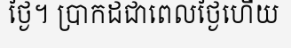
ថ្ងៃ។ ប្រាកដជាពេលថ្ងៃហើយ